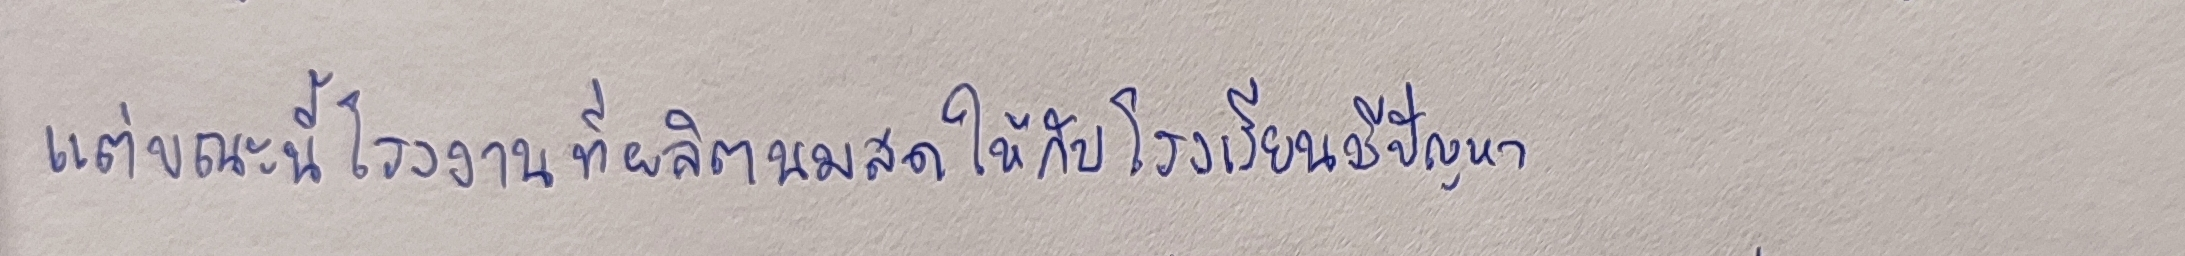
แต่ขณะนี้โรงงานที่ผลิตนมสดให้กับโรงเรียนมีปัญหา